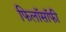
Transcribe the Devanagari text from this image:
फिलाॅसाॅफी